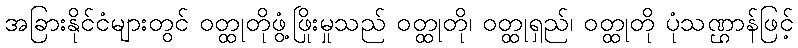
အခြားနိုင်ငံများတွင် ဝတ္ထုတိုဖွံ့ဖြိုးမှုသည် ဝတ္ထုတို၊ ဝတ္ထုရှည်၊ ဝတ္ထုတို ပုံသဏ္ဌာန်ဖြင့်